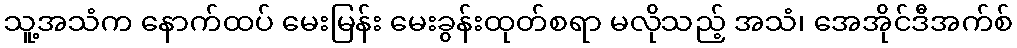
သူ့အသံက နောက်ထပ် မေးမြန်း မေးခွန်းထုတ်စရာ မလိုသည့် အသံ၊ အေအိုင်ဒီအက်စ်